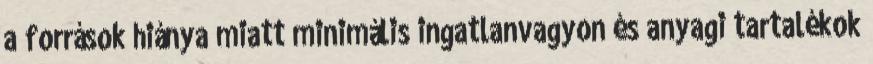
a források hiánya miatt minimális ingatlanvagyon és anyagi tartalékok